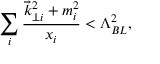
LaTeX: \sum _ { i } \frac { { \vec { k } } _ { \perp i } ^ { 2 } + m _ { i } ^ { 2 } } { x _ { i } } < \Lambda _ { B L } ^ { 2 } ,